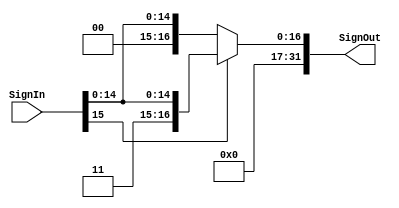
`timescale 1ns/1ns

module SignExtend(
    input [15:0]SignIn,
    output reg[31:0]SignOut
);

always @*
begin
    if(SignIn[15])
        SignOut={16'd1,SignIn};
    else
        SignOut={16'd0,SignIn};
end
endmodule